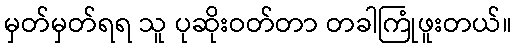
မှတ်မှတ်ရရ သူ ပုဆိုးဝတ်တာ တခါကြုံဖူးတယ်။